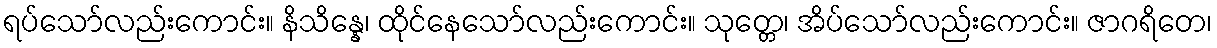
ရပ်သော်လည်းကောင်း။ နိသိန္နေ၊ ထိုင်နေသော်လည်းကောင်း။ သုတ္တေ၊ အိပ်သော်လည်းကောင်း။ ဇာဂရိတေ၊